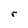
Character: r